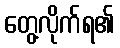
တွေ့လိုက်ရ၏